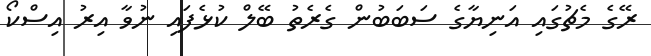
ރޭގެ މެޗުގައި އަނިޔާގެ ސަބަބުން ގެރެތު ބޭލް ކުޅެފައި ނުވާ އިރު އިސްކޯ